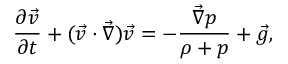
{ \frac { \partial { \vec { v } } } { \partial { t } } } + ( \vec { v } \cdot \vec { \nabla } ) \vec { v } = - { \frac { \vec { \nabla } p } { \rho + p } } + \vec { g } ,